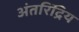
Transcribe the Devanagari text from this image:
अंतरिंद्रिय